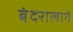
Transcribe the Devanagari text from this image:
बंदरालागे